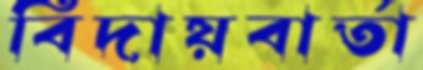
বিদায়বার্তা